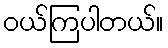
ဝယ်ကြပါတယ်။